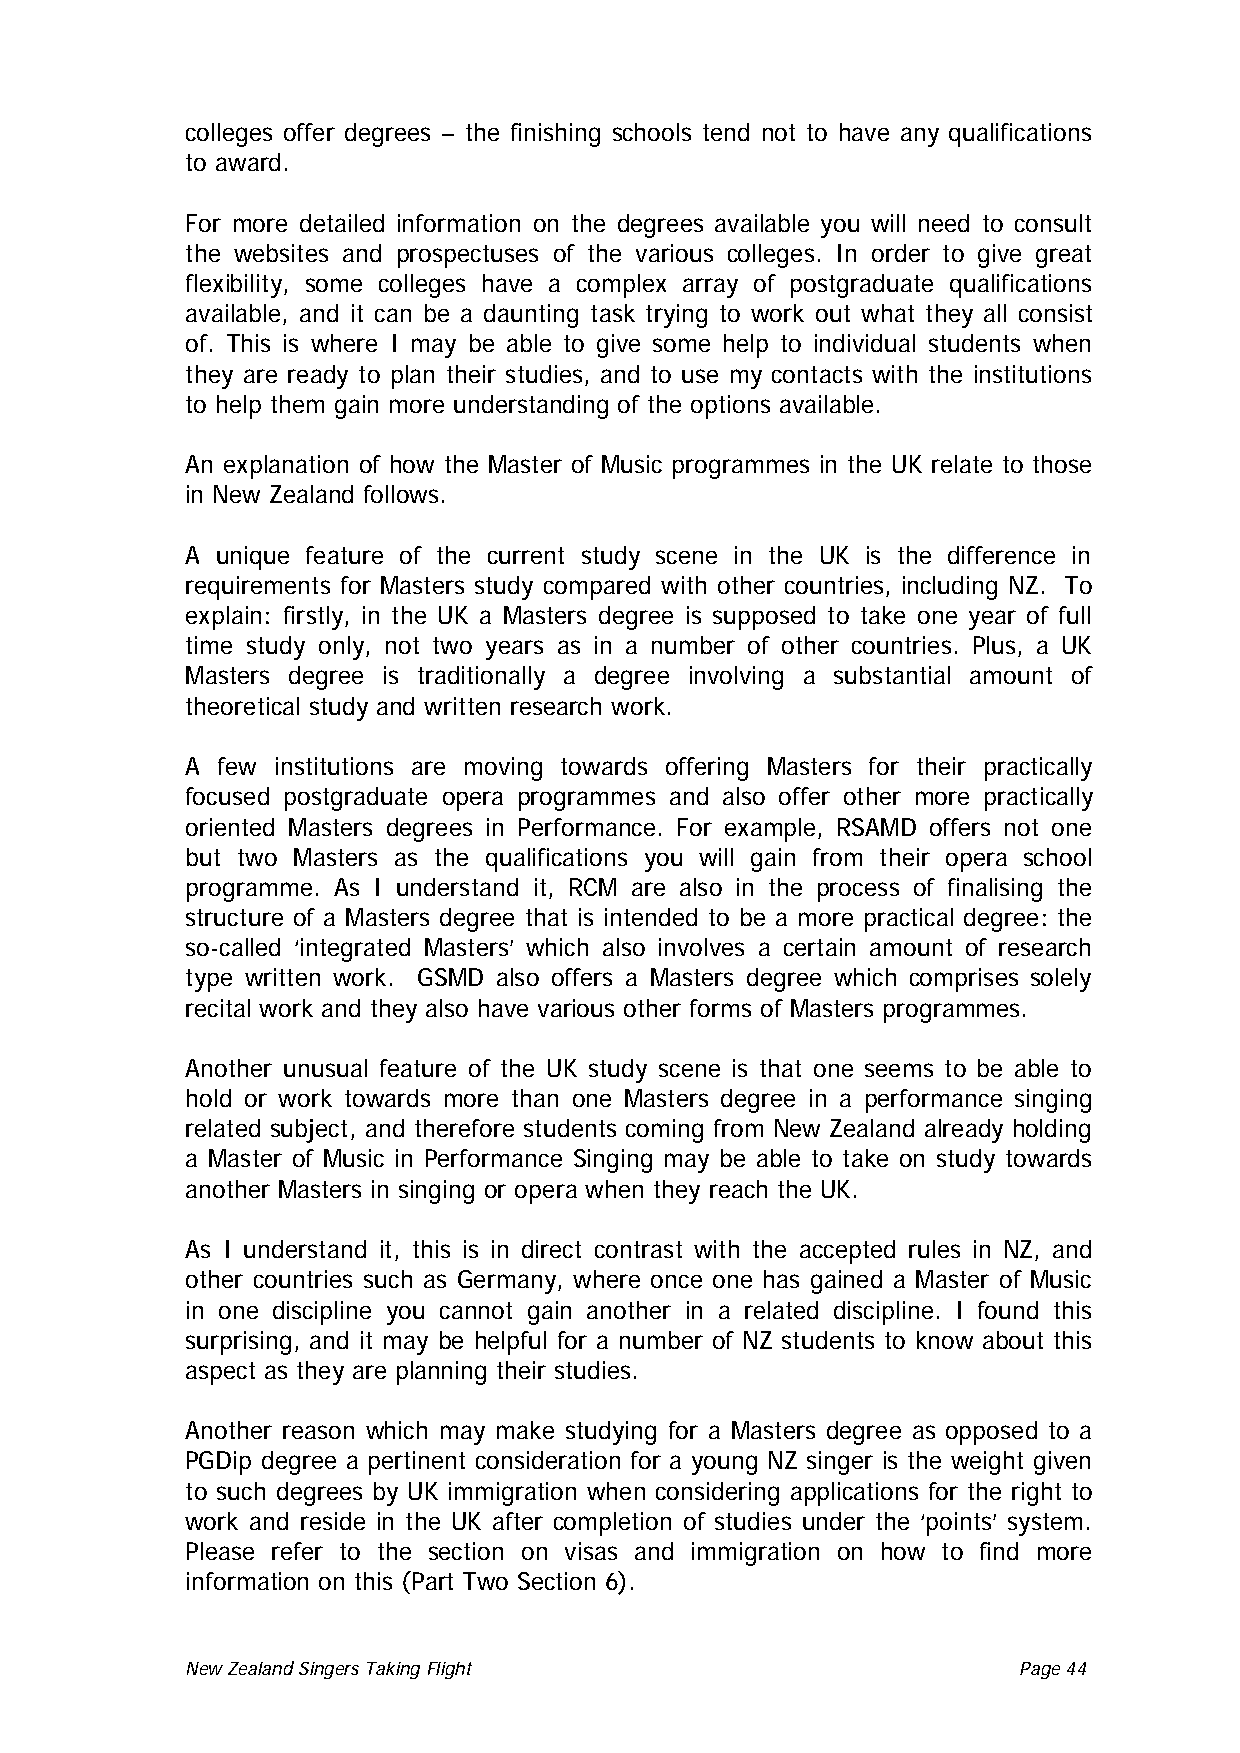
colleges offer degrees – the finishing schools tend not to have any qualifications
 to award.
 For more detailed information on the degrees available you will need to consult
 the websites and prospectuses of the various colleges. In order to give great
 flexibility, some colleges have a complex array of postgraduate qualifications
 available, and it can be a daunting task trying to work out what they all consist
 of. This is where I may be able to give some help to individual students when
 they are ready to plan their studies, and to use my contacts with the institutions
 to help them gain more understanding of the options available.
 An explanation of how the Master of Music programmes in the UK relate to those
 in New Zealand follows.
 A unique feature of the current study scene in the UK is the difference in
 requirements for Masters study compared with other countries, including NZ. To
 explain: firstly, in the UK a Masters degree is supposed to take one year of full
 time study only, not two years as in a number of other countries. Plus, a UK
 Masters degree is traditionally a degree involving a substantial amount of
 theoretical study and written research work.
 A few institutions are moving towards offering Masters for their practically
 focused postgraduate opera programmes and also offer other more practically
 oriented Masters degrees in Performance. For example, RSAMD offers not one
 but two Masters as the qualifications you will gain from their opera school
 programme. As I understand it, RCM are also in the process of finalising the
 structure of a Masters degree that is intended to be a more practical degree: the
 so-called ‘integrated Masters’ which also involves a certain amount of research
 type written work. GSMD also offers a Masters degree which comprises solely
 recital work and they also have various other forms of Masters programmes.
 Another unusual feature of the UK study scene is that one seems to be able to
 hold or work towards more than one Masters degree in a performance singing
 related subject, and therefore students coming from New Zealand already holding
 a Master of Music in Performance Singing may be able to take on study towards
 another Masters in singing or opera when they reach the UK.
 As I understand it, this is in direct contrast with the accepted rules in NZ, and
 other countries such as Germany, where once one has gained a Master of Music
 in one discipline you cannot gain another in a related discipline. I found this
 surprising, and it may be helpful for a number of NZ students to know about this
 aspect as they are planning their studies.
 Another reason which may make studying for a Masters degree as opposed to a
 PGDip degree a pertinent consideration for a young NZ singer is the weight given
 to such degrees by UK immigration when considering applications for the right to
 work and reside in the UK after completion of studies under the ‘points’ system.
 Please refer to the section on visas and immigration on how to find more
 information on this (Part Two Section 6).
 New Zealand Singers Taking Flight Page 44